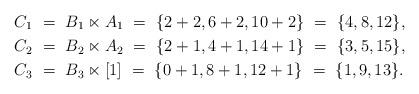
LaTeX: \begin{align*} C_1 \ &= \ B_1 \ltimes A_1 \ = \ \{ 2 + 2, 6 + 2, 10 + 2 \} \ = \ \{ 4, 8, 12 \}, \\C_2 \ &= \ B_2 \ltimes A_2 \ = \ \{ 2 + 1, 4 + 1, 14 + 1 \} \ = \ \{ 3, 5, 15 \}, \\C_3 \ &= \ B_3 \ltimes [1] \ = \ \{ 0 + 1, 8 + 1, 12 + 1 \} \ = \ \{ 1, 9, 13 \}. \end{align*}